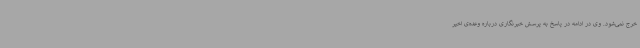
خرج نمی‌شود. وی در ادامه در پاسخ به پرسش خبرنگاری درباره وعده‌ی اخیر